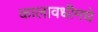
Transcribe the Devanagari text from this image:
कालावधीमधे